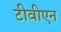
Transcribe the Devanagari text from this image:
टीवीएन